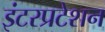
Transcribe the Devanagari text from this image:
इंटरप्रटेशन